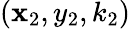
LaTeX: (\mathbf{x}_{2},y_{2},k_{2})